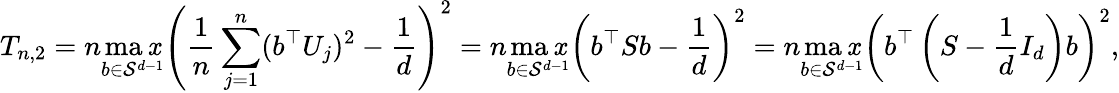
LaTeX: T_{n,2}=n\operatorname*{ma\mathit{x}}_{b\in\mathcal{{S}}^{d-1}}\left(\frac{1}{n}\sum_{j=1}^{n}(b^{\top}U_{j})^{2}-\frac{1}{{d}}\right)^{2}=n\operatorname*{ma\mathit{x}}_{b\in\mathcal{{S}}^{d-1}}\left(b^{\top}Sb-\frac{1}{d}\right)^{2}=n\operatorname*{ma\mathit{x}}_{b\in\mathcal{{S}}^{d-1}}\left(b^{\top}\left(S-\frac{1}{d}I_{d}\right)b\right)^{2},